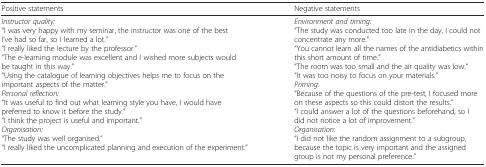
<table><thead><tr><td><b>Positive statements</b></td><td><b>Negative statements</b></td></tr></thead><tbody><tr><td><i>Instructor quality:</i>“I was very happy with my seminar, the instructor was one of the best I’ve had so far, so I learned a lot.”“I really liked the lecture by the professor.”“The e-learning module was excellent and I wished more subjects would be taught in this way.”“Using the catalogue of learning objectives helps me to focus on the important aspects of the matter.”<i>Personal reflection:</i>“It was useful to find out what learning style you have, I would have preferred to know it before the study.”“I think the project is useful and important.”<i>Organisation:</i>“The study was well organised.”“I really liked the uncomplicated planning and execution of the experiment.”</td><td><i>Environment and timing:</i>“The study was conducted too late in the day, I could not concentrate any more.”“You cannot learn all the names of the antidiabetics within this short amount of time.”“The room was too small and the air quality was low.”“It was too noisy to focus on your materials.”<i>Priming:</i>“Because of the questions of the pre-test, I focused more on these aspects so this could distort the results.”“I could answer a lot of the questions beforehand, so I did not notice a lot of improvement.”<i>Organisation:</i>“I did not like the random assignment to a subgroup, because the topic is very important and the assigned group is not my personal preference.”</td></tr></tbody></table>